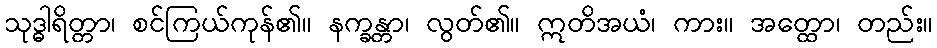
သုဒ္ဓါရိတ္တာ၊ စင်ကြယ်ကုန်၏။ နက္ခန္တာ၊ လွတ်၏။ ဣတိအယံ၊ ကား။ အတ္ထော၊ တည်း။